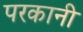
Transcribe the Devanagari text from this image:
परकानी